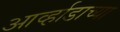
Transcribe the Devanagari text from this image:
आर्व्हाडाच्या